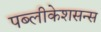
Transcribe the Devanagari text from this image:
पब्लीकेशसन्स